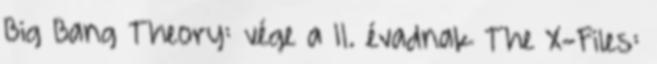
Big Bang Theory: vége a 11. évadnak The X-Files: